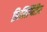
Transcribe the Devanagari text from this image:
फ़िलिप्पिडिस